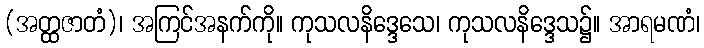
(အတ္ထဇာတံ)၊ အကြင်အနက်ကို။ ကုသလနိဒ္ဒေသေ၊ ကုသလနိဒ္ဒေသ၌။ အာရမဏံ၊